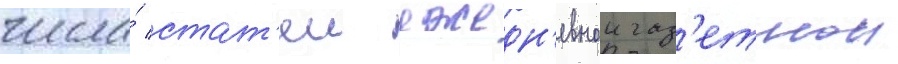
числа́ стат'еи ежедн'евнои газ'етнои